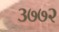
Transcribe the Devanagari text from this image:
३७७२